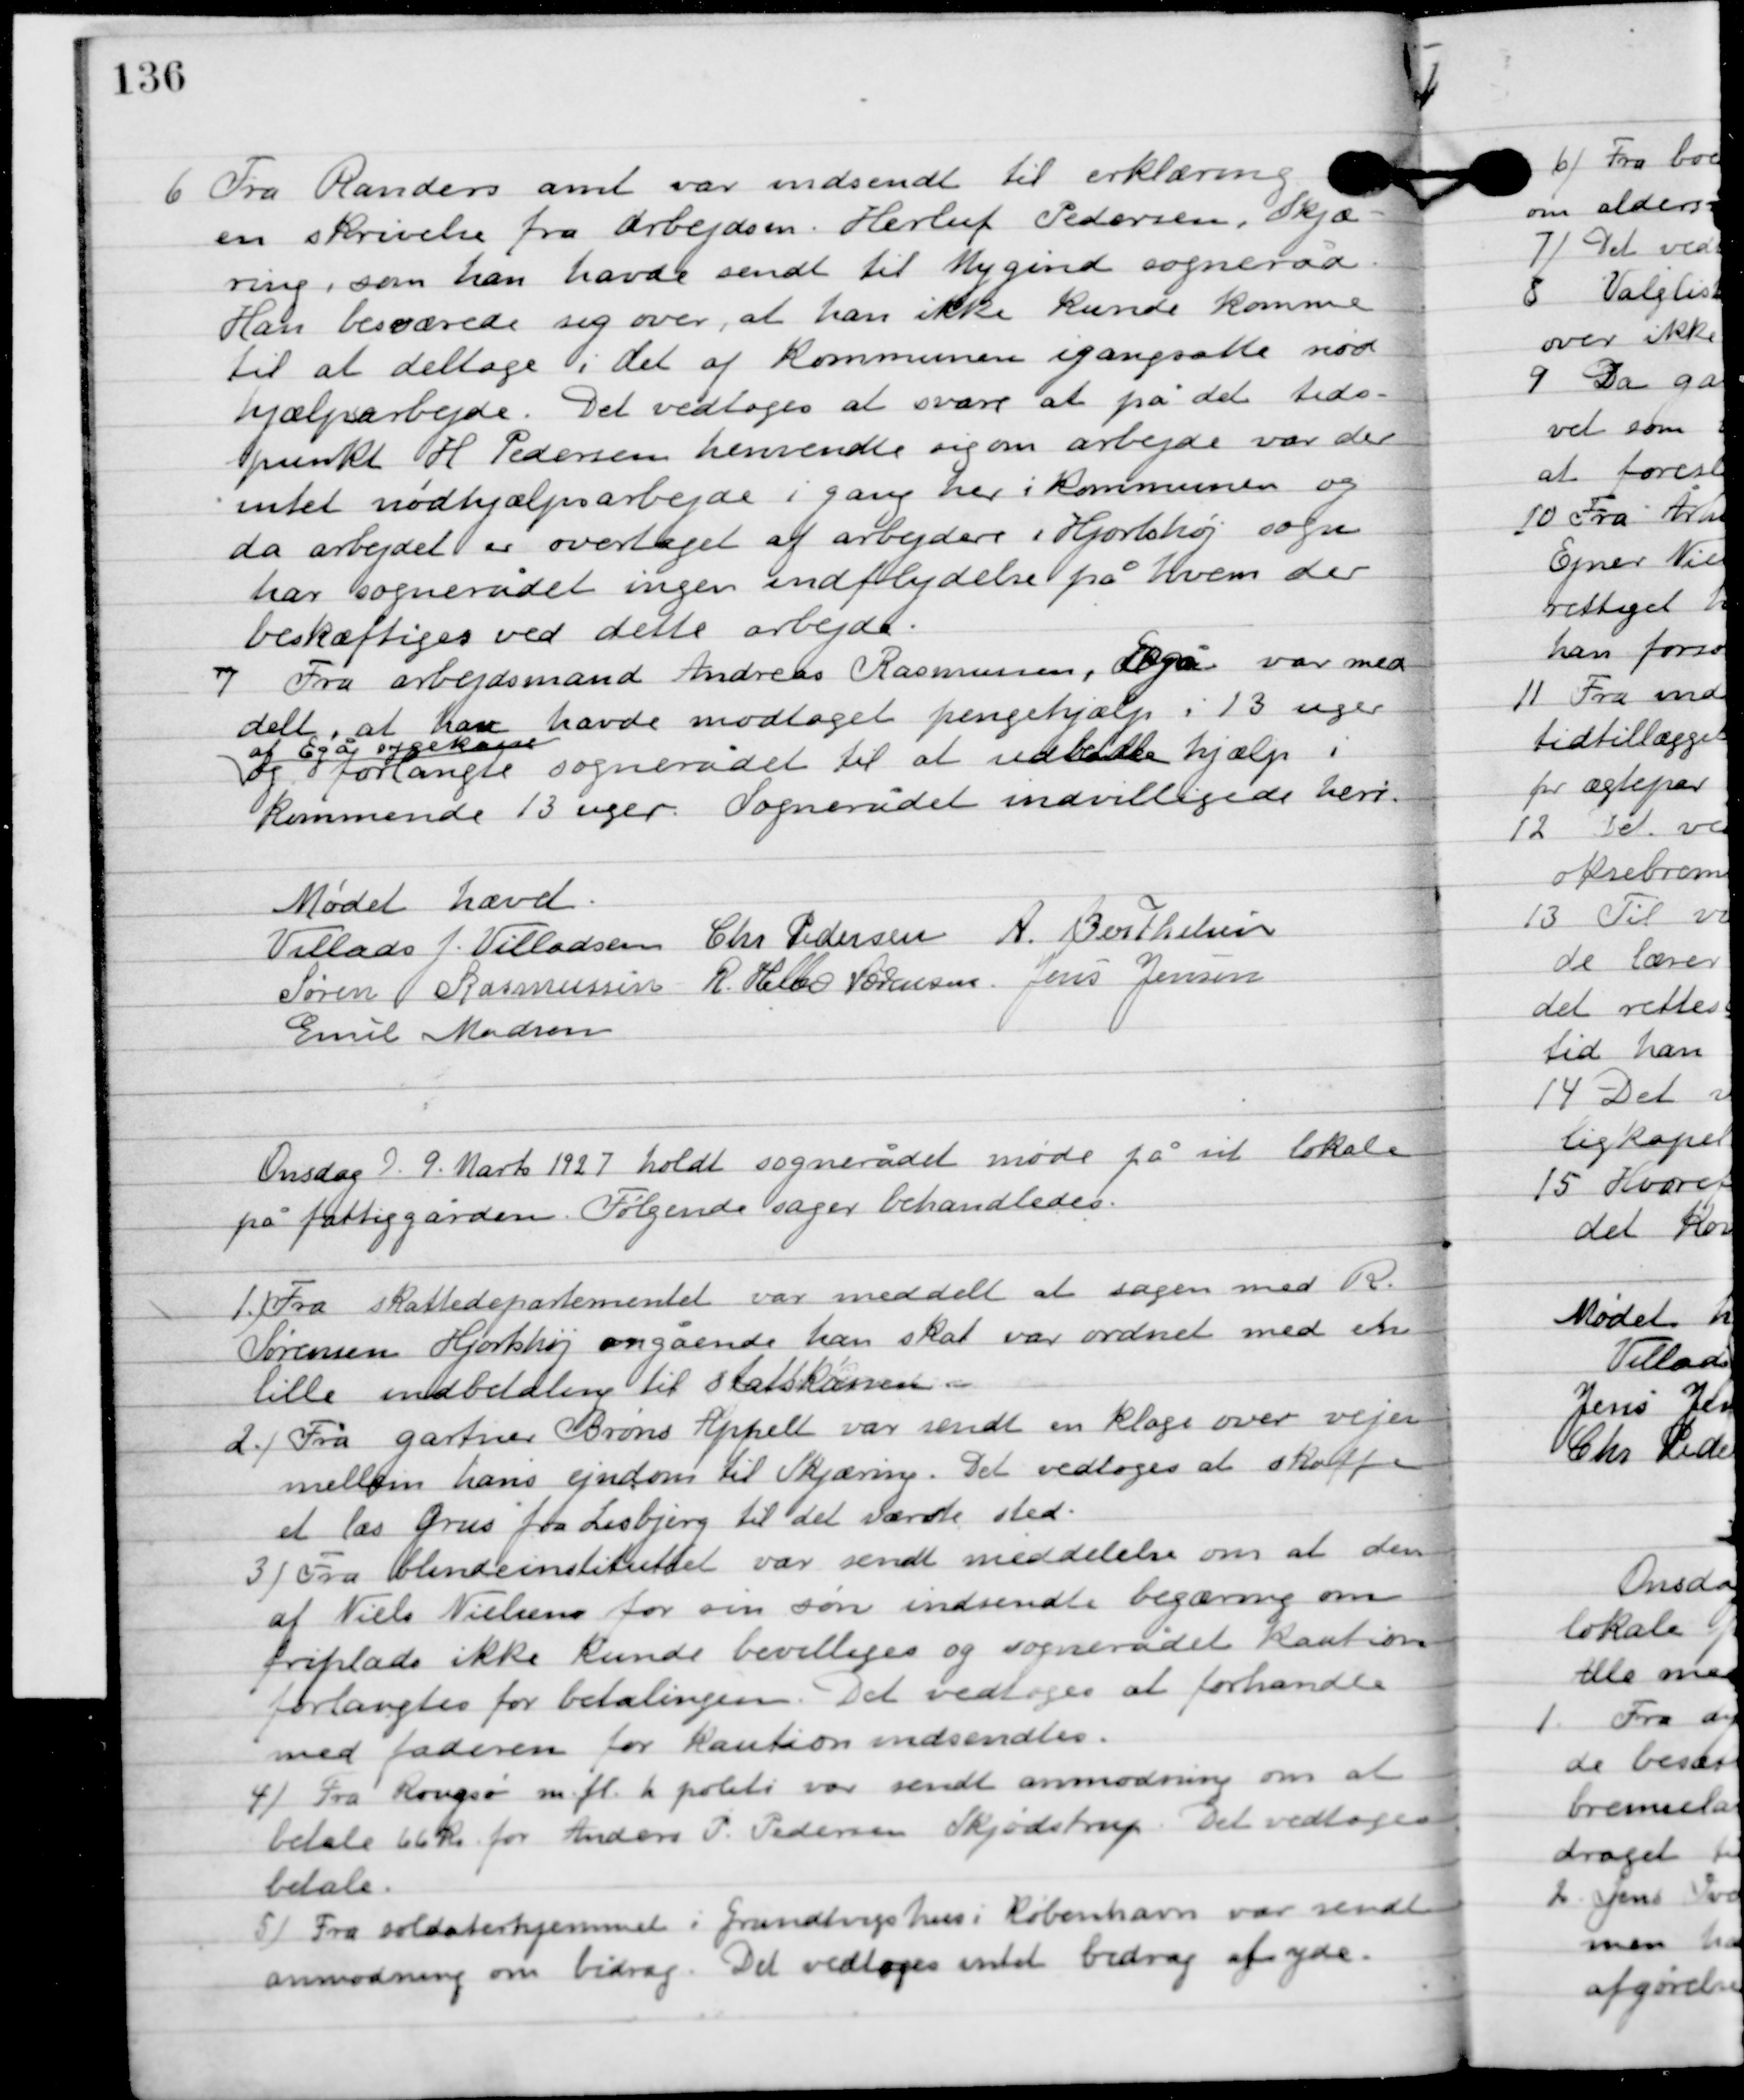
Transskription:
6

Fra Randers amt var indsendt til erklæring
en skrivelse fra arbejdsm. Herluf Pedersen, Skjæ-
ring, som han havde sendt til Mygind sogneråd.
Han besværede sig over, at han ikke kunde komme
til at deltage i det af kommunen igangsatte nød-
hjælpsarbejde. Det vedtoges at svare at på det tids-
punkt H. Pedersen henvendte sig om arbejde var der
intet nødhjælpsarbejde i gang her i kommunen og
da arbejdet er overtaget af arbejdere i Hjortshøj sogn
har sognerådet ingen indflydelse på hvem der
beskæftiges ved dette arbejde.

7

Fra arbejdsmand Andreas Rasmussen, Egå var med-
delt, at han havde modtaget pengehjælp i 13 uger
af Egå sygekasse
og forlangte sognerådet til at udbetale hjælp i
kommende 13 uger. Sognerådet indvilligede heri.

Mødet hævet.

Villads J. Villadsen
Chr. Pedersen
A. Berthelsen
Søren Rasmussen
R. Helbo Sørensen
Jens Jensen
Emil Madsen

Onsdag D. 9. Marts 1927 holdt sognerådet møde på sit lokale
på fattiggården. Følgende sager behandledes.

1

Fra skattedepartementet var meddelt at sagen med R.
Sørensen Hjortshøj angående hans skat var ordnet med en
 lille indbetaling til statskassen.

2

Fra gartner Brøns Appelt var sendt en klage over vejen
mellem hans ejendom til Skjæring. Det vedtoges at skaffe
et læs grus fra Lisbjerg til det værste sted.

3

Fra blindeinstituttet var sendt meddelelse om at den
af Niels Nielsens for sin søn indsendte begæring om
firplads ikke kunde bevilliges og sognerådet kaution
forlangtes for betalingen. Det vedtoges at forhandle
med faderen for kaution indsendtes.

4

Fra Rougsø m. f. h politi var sendt anmodning om at
betale 66 kr. for Anders P. Pedersen Skjødstrup. Det vedtoges
betale.

5

Fra soldaterhjemmet i Grundtvigs hus i København var sendt
anmodning om bidrag. Det vedtoges intet bidrag at yde.